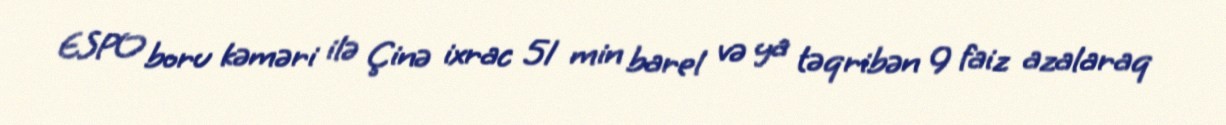
ESPO boru kəməri ilə Çinə ixrac 51 min barel və ya təqribən 9 faiz azalaraq